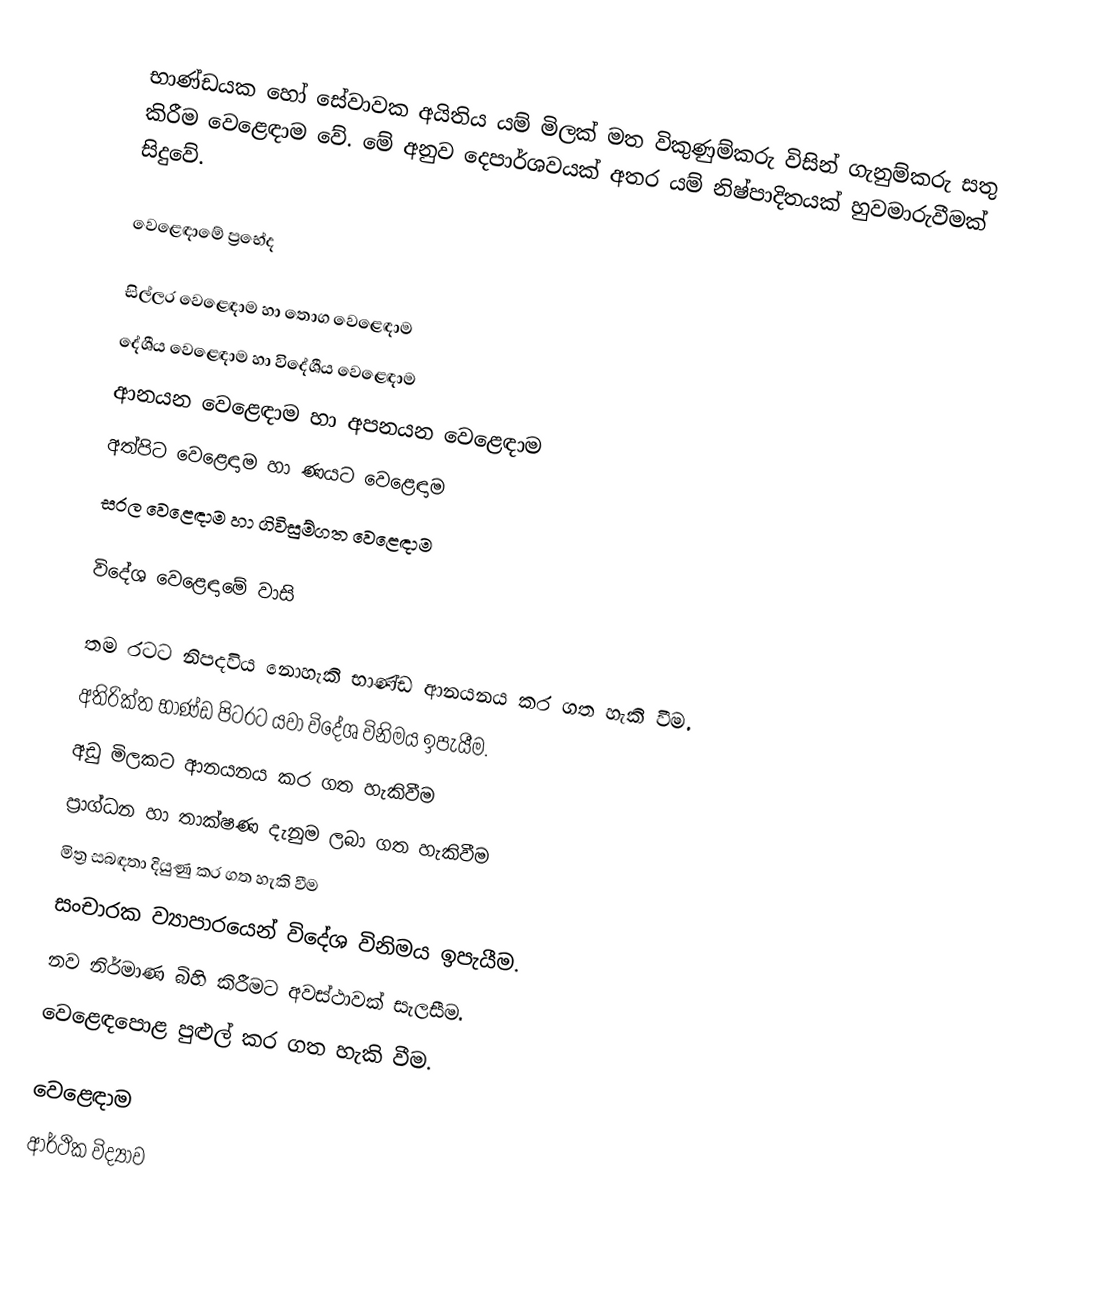
භාණ්ඩයක හෝ සේවාවක අයිතිය යම් මිලක් මත විකුණුම්කරු විසින් ගැනුම්කරු සතු කිරීම වෙළෙඳාම වේ. මේ අනුව දෙපාර්ශවයක් අතර යම් නිෂ්පාදිතයක් හුවමාරුවීමක් සිදුවේ.

වෙළෙඳාමේ ප්‍රභේද

	සිල්ලර වෙළෙඳාම හා තොග වෙළෙඳාම
	දේශීය වෙළෙඳාම හා විදේශීය වෙළෙඳාම
	ආනයන වෙළෙඳාම හා අපනයන වෙළෙඳාම
	අත්පිට වෙළෙඳාම හා ණයට වෙළෙඳාම
	සරල වෙළෙඳාම හා ගිවිසුම්ගත වෙළෙඳාම

විදේශ වෙළෙඳාමේ වාසි

 තම රටට නිපදවිය නොහැකි භාණ්ඩ ආනයනය කර ගත හැකි වීම.
 අතිරික්ත භාණ්ඩ පිටරට යවා විදේශ විනිමය ඉපැයීම.
 අඩු මිලකට ආනයනය කර ගත හැකිවීම
 ප්‍රාග්ධන හා තාක්ෂණ දැනුම ලබා ගත හැකිවීම
 මිත්‍ර සබඳතා දියුණු කර ගත හැකි වීම
 සංචාරක ව්‍යාපාරයෙන් විදේශ විනිමය ඉපැයීම.
 නව නිර්මාණ බිහි කිරීමට අවස්ථාවක් සැලසීම.
 වෙළෙඳපොළ පුළුල් කර ගත හැකි වීම.

වෙළෙඳාම
ආර්ථික විද්‍යාව